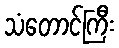
သံတောင်ကြီး